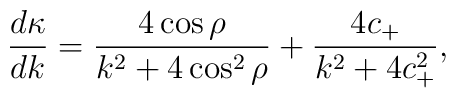
\frac{d\kappa}{dk} = \frac{4\cos\rho}{ k^2+4\cos^2\rho} +\frac{4c_+}{ k^2+4c_+^2},